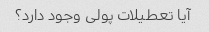
آیا تعطیلات پولی وجود دارد؟